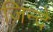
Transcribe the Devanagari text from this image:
ज़िन्दे